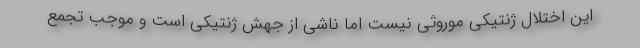
این اختلال ژنتیکی موروثی نیست اما ناشی از جهش ژنتیکی است و موجب تجمع